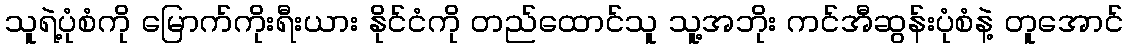
သူရဲ့ပုံစံကို မြောက်ကိုးရီးယား နိုင်ငံကို တည်ထောင်သူ သူ့အဘိုး ကင်အီဆွန်းပုံစံနဲ့ တူအောင်